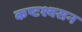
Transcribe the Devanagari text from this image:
कष्टश्वसन